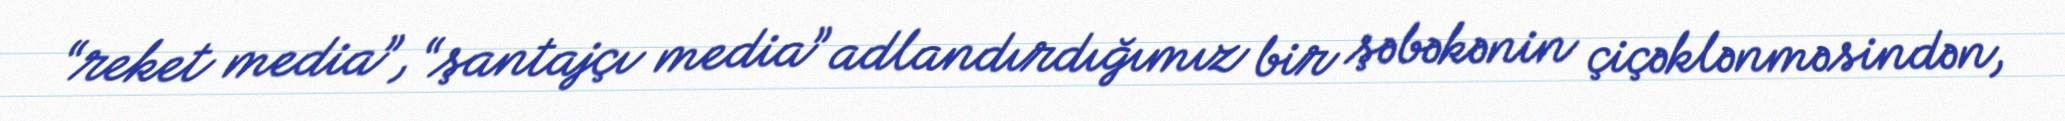
“reket media”, “şantajçı media” adlandırdığımız bir şəbəkənin çiçəklənməsindən,